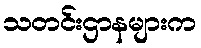
သတင်းဌာနများက